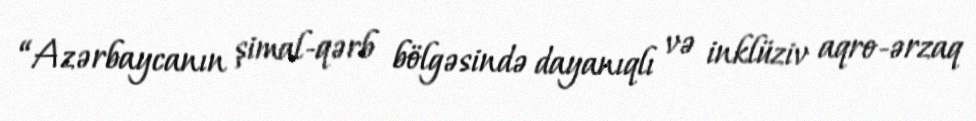
“Azərbaycanın şimal-qərb bölgəsində dayanıqlı və inklüziv aqro-ərzaq